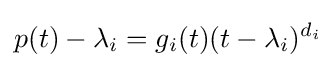
p(t)-\lambda _{i}=g_{i}(t)(t-\lambda _{i})^{d_{i}}